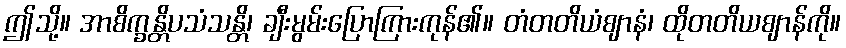
ဤသို့။ အာစိက္ခန္တိပသံသန္တိ၊ ချီးမွမ်းပြောကြားကုန်၏။ တံတတိယံဈာနံ၊ ထိုတတိယဈာန်ကို။